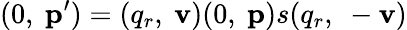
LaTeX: (0,\ \mathbf{p}^{\prime})=(q_{r},\ \mathbf{v})(0,\ \mathbf{p})s(q_{r},\ -\mathbf{v})